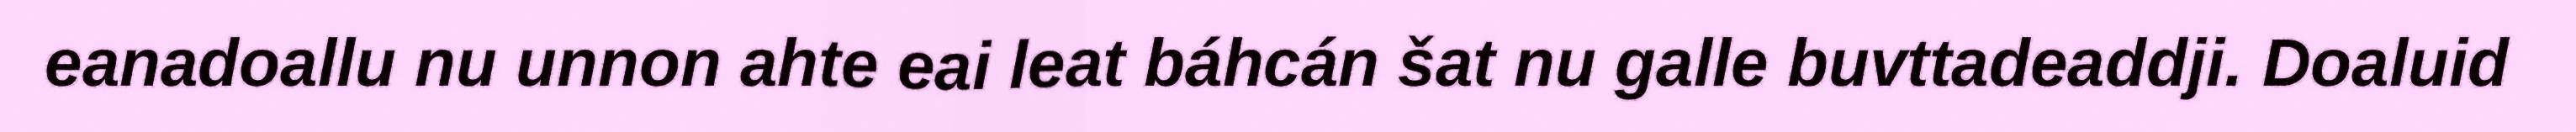
eanadoallu nu unnon ahte eai leat báhcán šat nu galle buvttadeaddji. Doaluid